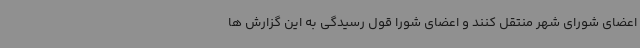
اعضای شورای شهر منتقل کنند و اعضای شورا قول رسیدگی به این گزارش ها